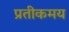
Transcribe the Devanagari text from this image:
प्रतीकमय